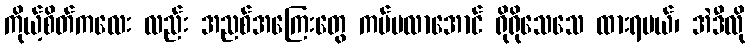
ကိုယ့်စိတ်ကလေး လည်း အညစ်အကြေးတွေ ကပ်မလာအောင် ရိုရိုသေသေ ထားရမယ်၊ အဲဒီလို